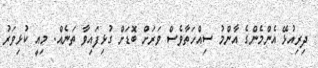
ދިރިއުޅޭ އެންމެންގެ އާންމު ސިއްހަތާވެސް ވަރަށް ބޮޑަށް ގުޅިފައިވާ ތަނެއް. މިއީ ކުޅިވަރު